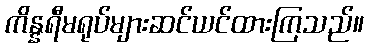
ကိန္နရီမရုပ်များဆင်ယင်ထားကြသည်။